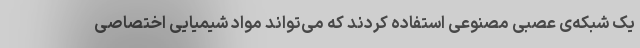
یک شبکه‌ی عصبی مصنوعی استفاده کردند که می‌تواند مواد شیمیایی اختصاصی